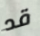
قد